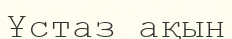
Ұстаз ақын